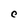
Character: C